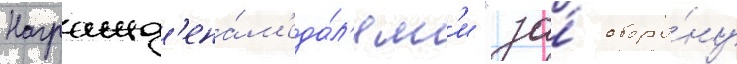
Награжд'ена́ м'еда́л'ям'и "за́ оборо́ну